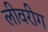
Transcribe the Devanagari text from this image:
लीवरीग